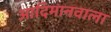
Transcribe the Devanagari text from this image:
आदिमानवाला